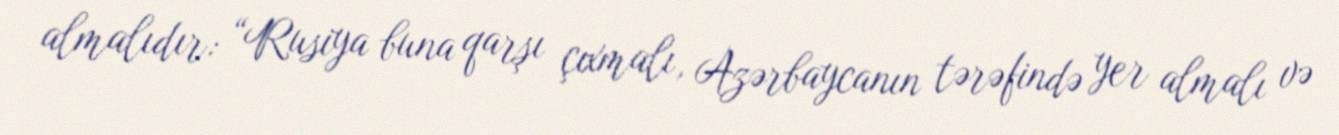
almalıdır: “Rusiya buna qarşı çıxmalı, Azərbaycanın tərəfində yer almalı və